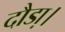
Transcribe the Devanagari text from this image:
दौडा़।